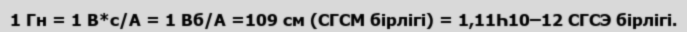
1 Гн = 1 В*с/А = 1 Вб/А =109 см (СГСМ бірлігі) = 1,11Һ10–12 СГСЭ бірлігі.